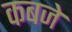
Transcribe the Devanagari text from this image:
कबजे